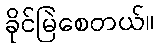
ခိုင်မြဲစေတယ်။